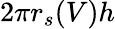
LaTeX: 2\pi r_{s}(V)h